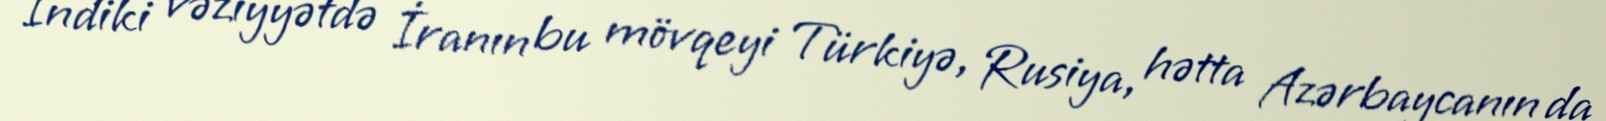
İndiki vəziyyətdə İranın bu mövqeyi Türkiyə, Rusiya, hətta Azərbaycanın da